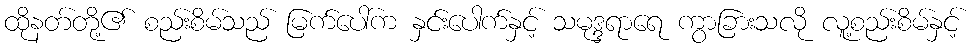
ထိုနတ်တို့၏ စည်းစိမ်သည် မြက်ပေါ်က နှင်းပေါက်နှင့် သမုဒ္ဒရာရေ ကွာခြားသလို လူ့စည်းစိမ်နှင့်